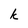
Character: k